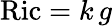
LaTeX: \mathrm{Ric}=k\, g